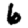
Digit: 6